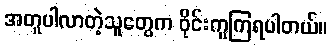
အတူပါလာတဲ့သူတွေက ဝိုင်းကူကြရပါတယ်။